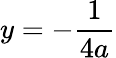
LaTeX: y=-{\frac{1}{4a}}